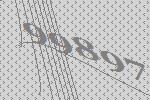
99897